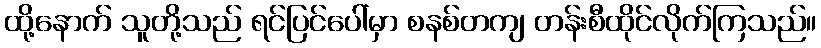
ထို့နောက် သူတို့သည် ရင်ပြင်ပေါ်မှာ စနစ်တကျ တန်းစီထိုင်လိုက်ကြသည်။